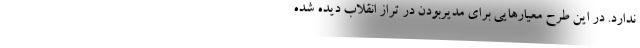
ندارد. در این طرح معیار‌هایی برای مدیر‌بودن در تراز انقلاب دیده شده